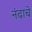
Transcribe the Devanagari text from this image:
नंदाचे